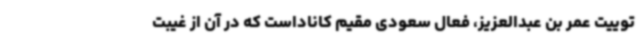
توییت عمر بن عبدالعزیز، فعال سعودی مقیم کاناداست که در آن از غیبت